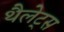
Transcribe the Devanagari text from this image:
थैलेट्स